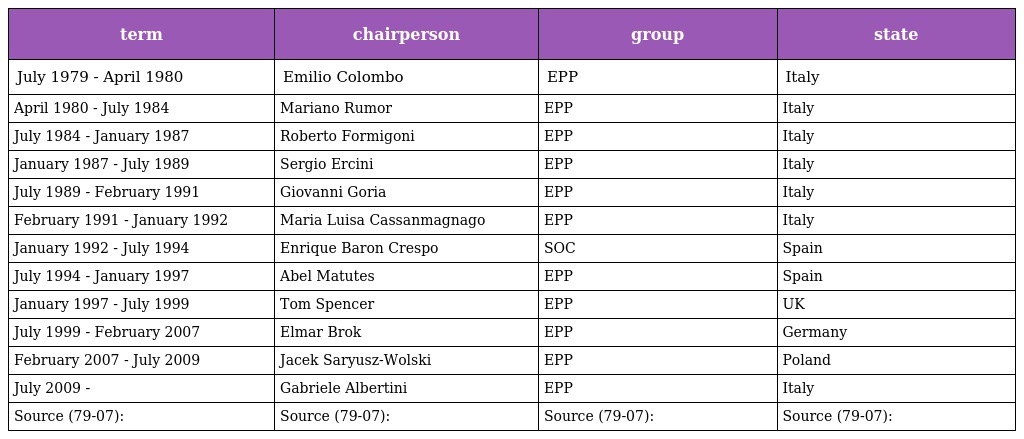
| term | chairperson | group | state |
 | --- | --- | --- | --- |
 | July 1979 - April 1980 | Emilio Colombo | EPP | Italy |
 | April 1980 - July 1984 | Mariano Rumor | EPP | Italy |
 | July 1984 - January 1987 | Roberto Formigoni | EPP | Italy |
 | January 1987 - July 1989 | Sergio Ercini | EPP | Italy |
 | July 1989 - February 1991 | Giovanni Goria | EPP | Italy |
 | February 1991 - January 1992 | Maria Luisa Cassanmagnago | EPP | Italy |
 | January 1992 - July 1994 | Enrique Baron Crespo | SOC | Spain |
 | July 1994 - January 1997 | Abel Matutes | EPP | Spain |
 | January 1997 - July 1999 | Tom Spencer | EPP | UK |
 | July 1999 - February 2007 | Elmar Brok | EPP | Germany |
 | February 2007 - July 2009 | Jacek Saryusz-Wolski | EPP | Poland |
 | July 2009 - | Gabriele Albertini | EPP | Italy |
 | Source (79-07): | Source (79-07): | Source (79-07): | Source (79-07): |